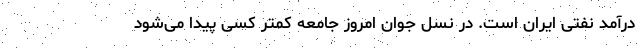
درآمد نفتی ایران است. در نسل جوان امروز جامعه کمتر کسی پیدا می‌شود